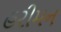
હરીમન